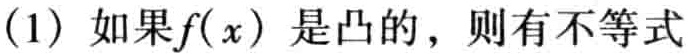
(1) 如果\(f(x)\) 是凸的，则有不等式